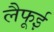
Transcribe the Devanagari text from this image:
लैफूई